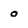
Character: o